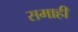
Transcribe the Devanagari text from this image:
समाही